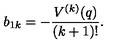
b _ { 1 k } = - \frac { V ^ { ( k ) } ( q ) } { ( k + 1 ) ! } .